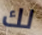
لك